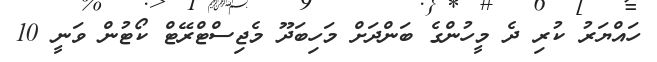
ހައްޔަރު ކުރި ދެ މީހުންގެ ބަންދަށް މަހިބަދޫ މެޖިސްޓްރޭޓް ކޯޓުން ވަނީ 10